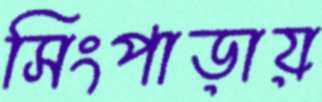
সিংপাড়ায়